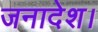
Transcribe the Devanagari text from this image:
जनादेश।